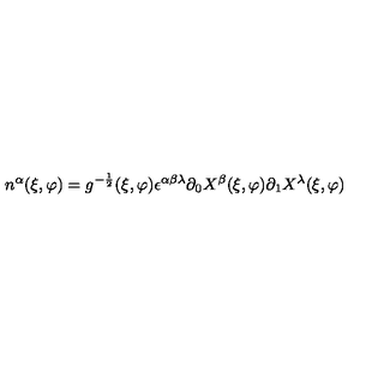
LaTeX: n ^ { \alpha } ( \xi , \varphi ) = g ^ { - \frac { 1 } { 2 } } ( \xi , \varphi ) \epsilon ^ { \alpha \beta \lambda } \partial _ { 0 } X ^ { \beta } ( \xi , \varphi ) \partial _ { 1 } X ^ { \lambda } ( \xi , \varphi )